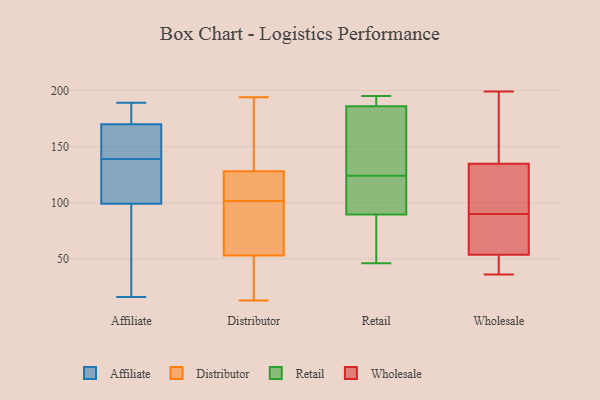
{"axis": {"x": "Shipments", "y": "Value"}, "legend": ["Affiliate", "Distributor", "Retail", "Wholesale"], "data": [{"x": "", "y": 70, "type": "Affiliate"}, {"x": "", "y": 123, "type": "Affiliate"}, {"x": "", "y": 170, "type": "Affiliate"}, {"x": "", "y": 129, "type": "Affiliate"}, {"x": "", "y": 157, "type": "Affiliate"}, {"x": "", "y": 149, "type": "Affiliate"}, {"x": "", "y": 189, "type": "Affiliate"}, {"x": "", "y": 16, "type": "Affiliate"}, {"x": "", "y": 99, "type": "Affiliate"}, {"x": "", "y": 165, "type": "Affiliate"}, {"x": "", "y": 179, "type": "Affiliate"}, {"x": "", "y": 175, "type": "Affiliate"}, {"x": "", "y": 182, "type": "Affiliate"}, {"x": "", "y": 160, "type": "Affiliate"}, {"x": "", "y": 128, "type": "Affiliate"}, {"x": "", "y": 80, "type": "Affiliate"}, {"x": "", "y": 68, "type": "Affiliate"}, {"x": "", "y": 102, "type": "Affiliate"}, {"x": "", "y": 194, "type": "Distributor"}, {"x": "", "y": 174, "type": "Distributor"}, {"x": "", "y": 13, "type": "Distributor"}, {"x": "", "y": 126, "type": "Distributor"}, {"x": "", "y": 31, "type": "Distributor"}, {"x": "", "y": 118, "type": "Distributor"}, {"x": "", "y": 105, "type": "Distributor"}, {"x": "", "y": 53, "type": "Distributor"}, {"x": "", "y": 98, "type": "Distributor"}, {"x": "", "y": 71, "type": "Distributor"}, {"x": "", "y": 128, "type": "Distributor"}, {"x": "", "y": 93, "type": "Distributor"}, {"x": "", "y": 16, "type": "Distributor"}, {"x": "", "y": 131, "type": "Distributor"}, {"x": "", "y": 70, "type": "Retail"}, {"x": "", "y": 190, "type": "Retail"}, {"x": "", "y": 118, "type": "Retail"}, {"x": "", "y": 192, "type": "Retail"}, {"x": "", "y": 46, "type": "Retail"}, {"x": "", "y": 90, "type": "Retail"}, {"x": "", "y": 195, "type": "Retail"}, {"x": "", "y": 130, "type": "Retail"}, {"x": "", "y": 145, "type": "Retail"}, {"x": "", "y": 111, "type": "Retail"}, {"x": "", "y": 89, "type": "Retail"}, {"x": "", "y": 182, "type": "Retail"}, {"x": "", "y": 59, "type": "Wholesale"}, {"x": "", "y": 42, "type": "Wholesale"}, {"x": "", "y": 90, "type": "Wholesale"}, {"x": "", "y": 52, "type": "Wholesale"}, {"x": "", "y": 134, "type": "Wholesale"}, {"x": "", "y": 42, "type": "Wholesale"}, {"x": "", "y": 135, "type": "Wholesale"}, {"x": "", "y": 172, "type": "Wholesale"}, {"x": "", "y": 141, "type": "Wholesale"}, {"x": "", "y": 104, "type": "Wholesale"}, {"x": "", "y": 199, "type": "Wholesale"}, {"x": "", "y": 133, "type": "Wholesale"}, {"x": "", "y": 85, "type": "Wholesale"}, {"x": "", "y": 66, "type": "Wholesale"}, {"x": "", "y": 36, "type": "Wholesale"}]}